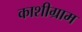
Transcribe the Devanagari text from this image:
काशीग्राम